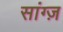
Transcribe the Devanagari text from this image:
सांग्ज़